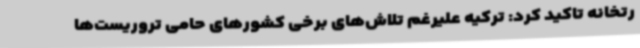
رتخانه تاکید کرد: ترکیه علیرغم تلاش‌های برخی کشورهای حامی تروریست‌ها